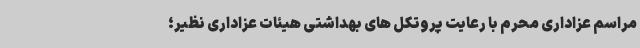
مراسم عزاداری محرم با رعایت پروتکل های بهداشتی هیئات عزاداری نظیر؛